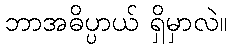
ဘာအဓိပ္ပာယ် ရှိမှာလဲ။